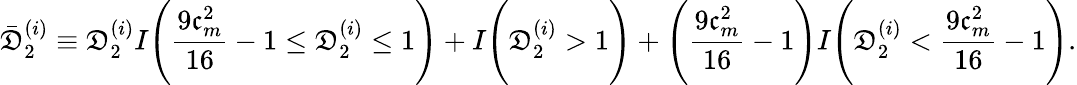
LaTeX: \bar{\mathfrak{D}}_{2}^{(i)}\equiv\mathfrak{D}_{2}^{(i)}I\Bigg(\frac{9\mathfrak{c}_{m}^{2}}{16}-1\leq\mathfrak{D}_{2}^{(i)}\leq 1\Bigg)+I\Bigg(\mathfrak{D}_{2}^{(i)}>1\Bigg)+\Bigg(\frac{9\mathfrak{c}_{m}^{2}}{16}-1\Bigg)I\Bigg(\mathfrak{D}_{2}^{(i)}<\frac{9\mathfrak{c}_{m}^{2}}{16}-1\Bigg).